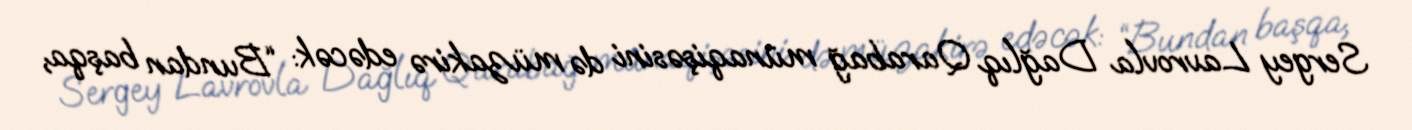
Sergey Lavrovla Dağlıq Qarabağ münaqişəsini də müzakirə edəcək: “Bundan başqa,